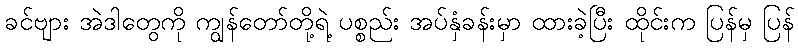
ခင်ဗျား အဲဒါတွေကို ကျွန်တော်တို့ရဲ့ ပစ္စည်း အပ်နှံခန်းမှာ ထားခဲ့ပြီး ထိုင်းက ပြန်မှ ပြန်